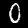
Digit: 0